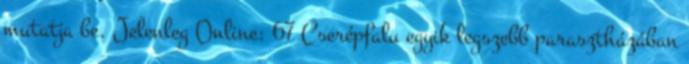
mutatja be. Jelenleg Online: 67 Cserépfalu egyik legszebb parasztházában